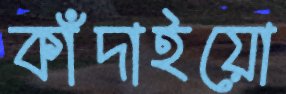
কাঁদাইয়ো